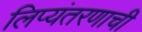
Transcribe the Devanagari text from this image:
लिप्यंतरणाची